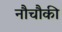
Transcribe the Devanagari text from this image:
नौचौकी